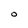
Character: 0